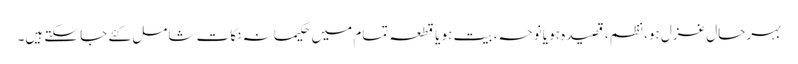
بہرحال غزل ہو، نظم، قصیدہ ہو یا نوحہ، بیت ہو یا قطعہ تمام میں حکیمانہ نکات شامل کئے جا سکتے ہیں۔